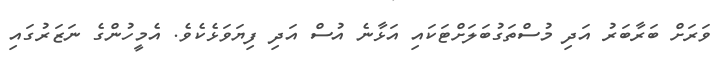
ވަރަށް ބަރާބަރު އަދި މުސްތަގުބަލަށްޓަކައި އަޅާނެ އުސް އަދި ފިޔަވަޅެކެވެ. އެމީހުންގެ ނަޒަރުގައި